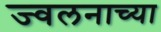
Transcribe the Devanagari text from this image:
ज्वलनाच्या